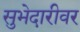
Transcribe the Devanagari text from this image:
सुभेदारीवर